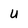
Character: U